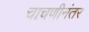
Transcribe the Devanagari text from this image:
चाचणीनंतर